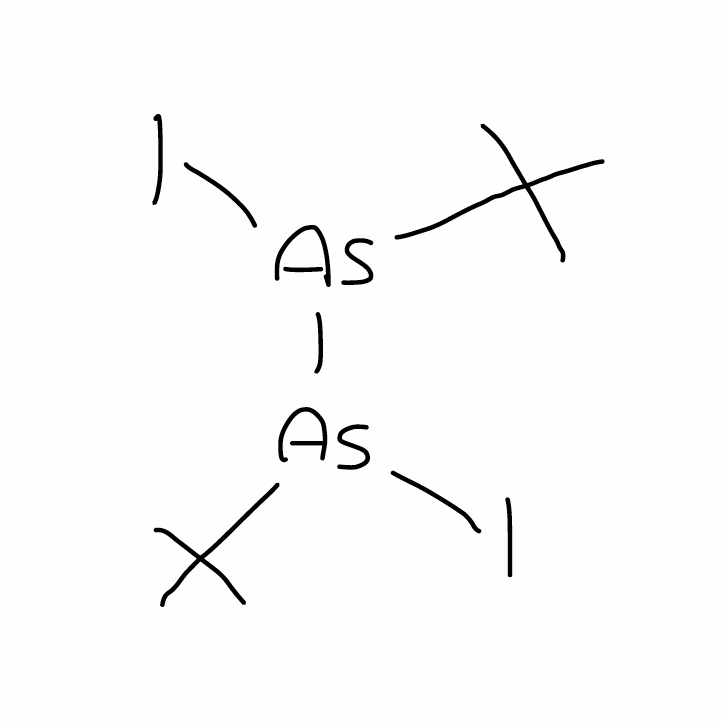
Simplified molecular-input line-entry system (SMILES) notation of the given molecule:
CC(C)(C)[As]([As](C(C)(C)C)I)I